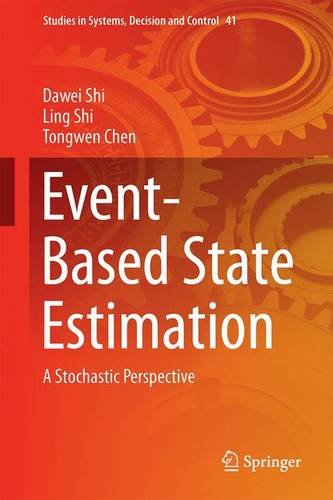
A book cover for Event-Based State Estimation: A Stochastic Perspective (Studies in Systems, Decision and Control); Dawei Shi; Computers & Technology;